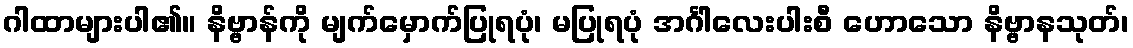
ဂါထာများပါ၏။ နိဗ္ဗာန်ကို မျက်မှောက်ပြုရပုံ၊ မပြုရပုံ အင်္ဂါလေးပါးစီ ဟောသော နိဗ္ဗာနသုတ်၊